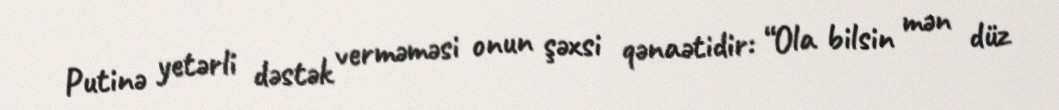
Putinə yetərli dəstək verməməsi onun şəxsi qənaətidir: “Ola bilsin mən düz